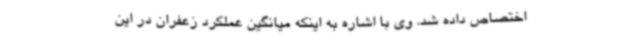
اختصاص داده شد. وی با اشاره به اینکه میانگین عملکرد زعفران در این